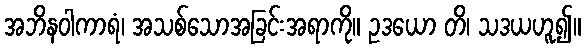
အဘိနဝါကာရံ၊ အသစ်သောအခြင်းအရာကို။ ဥဒယော တိ၊ သဒယဟူ၍။